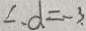
\therefore d = - 3 .